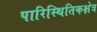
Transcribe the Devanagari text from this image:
पारिस्थितिकक्षेत्र